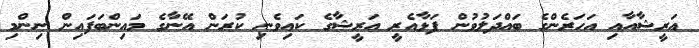
އަރީޝާއާއި އަހަރެންގެ ބައްދަލުވުން ފަޅާއެރީ އަރީޝާގެ ކައިވެނި ކުރަން އޭނާގެ މައިންބަފައިން ނިންމި